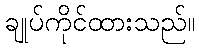
ချုပ်ကိုင်ထားသည်။